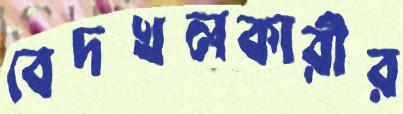
বেদখলকারীর